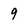
Character: 9